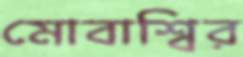
মোবাশ্বির